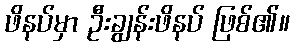
ဖိနပ်မှာ ဦးချွန်းဖိနပ် ဖြစ်၏။